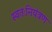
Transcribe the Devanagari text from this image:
स्वतःनियंत्रण